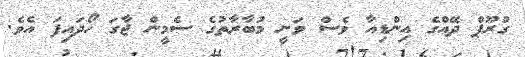
ގުރޫޕް ދޭއްގެ އިންޑިއާ ވެސް ވަނީ މުބާރާތުގެ ސެމީން ޖާގަ ހޯދައިފަ އެވެ.